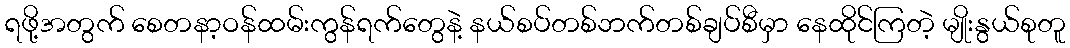
ရဖို့အတွက် စေတနာ့ဝန်ထမ်းကွန်ရက်တွေနဲ့ နယ်စပ်တစ်ဘက်တစ်ချပ်စီမှာ နေထိုင်ကြတဲ့ မျိုးနွယ်စုတူ